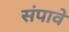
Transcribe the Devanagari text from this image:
संपावे